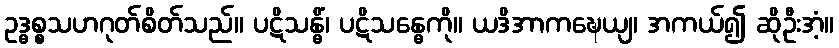
ဥဒ္ဓစ္စသဟဂုတ်စိတ်သည်။ ပဋိသန္ဓိံ၊ ပဋိသန္ဓေကို။ ယဒိအာကဍ္ဎေယျ၊ အကယ်၍ ဆိုဦးအံ့။